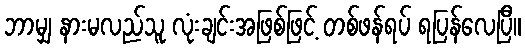
ဘာမျှ နားမလည်သူ လုံးချင်းအဖြစ်ဖြင့် တစ်ဖန်ရပ် ရပြန်လေပြီ။